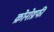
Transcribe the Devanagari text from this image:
क्रोनोग्रफी